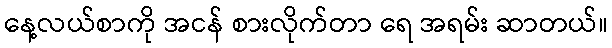
နေ့လယ်စာကို အငန် စားလိုက်တာ ရေ အရမ်း ဆာတယ်။